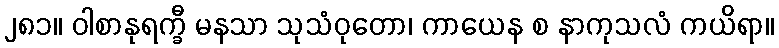
၂၈၁။ ဝါစာနုရက္ခီ မနသာ သုသံဝုတော၊ ကာယေန စ နာကုသလံ ကယိရာ။